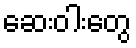
ဆေးဝါးတွေ